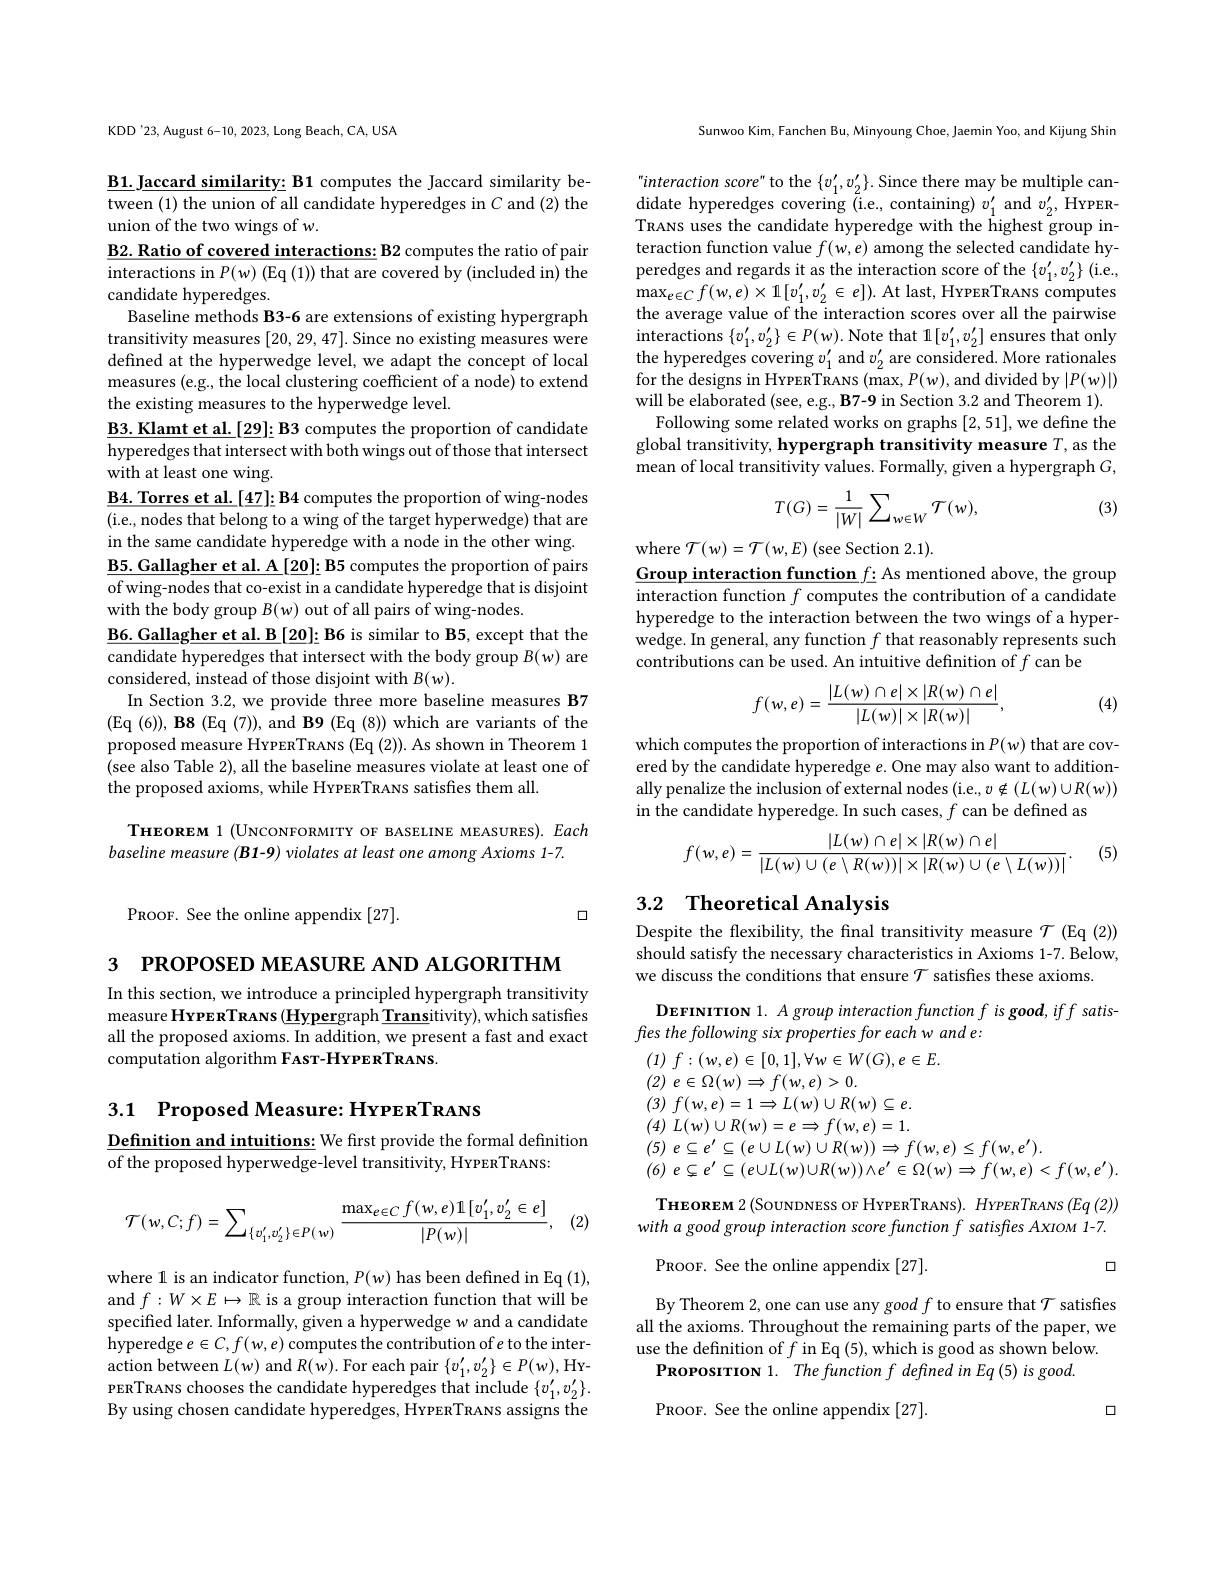
KDD'23, August 6-10, 2023, Long Beach, CA, USA

$\underline{\text{B1. Jaccard similarity: B1 computes the Jaccard similarity be-}}$ tween (1) the union of all candidate hyperedges in $C$ and (2) the union of the two wings of $w.$
$\underline{\textbf{B2. Ratio of covered interactions: B2 computes the ratio of pair}}$ interactions in $P(w)$ (Eq (1)) that are covered by (included in) the candidate hyperedges.
Baseline methods B3-6 are extensions of existing hypergraph transitivity measures [20,29,47]. Since no existing measures were defned at the hyperwedge level, we adapt the concept of local measures (e.g., the local clustering coefficient of a node) to extend the existing measures to the hyperwedge level.
$\underline{\text{B3. Klamt et al.[29]: B3 computes the proportion of candidate}}$ hyperedges that intersect with both wings out of those that intersect with at least one wing.
$\underline{\text{B4. Torres et al. [47]: B4 computes the proportion of wing-nodes}}$ (i.e., nodes that belong to a wing of the target hyperwedge) that are in the same candidate hyperedge with a node in the other wing. $\underline{\textbf{B5. Gallagher et al. A}[20]:\text{B5 computes the proportion of pairs}}$ of wing-nodes that co-exist in a candidate hyperedge that is disjoint with the body group $B(w)$ out of all pairs of wing-nodes.
$\underline{\text{B6. Gallagher et al. B}[20]:\text{B6 is similar to B5, except that the}}$ candidate hyperedges that intersect with the body group $B(w)$ are considered, instead of those disjoint with $B(w).$
In Section 3.2, we provide three more baseline measures B7 (Eq ( 6) ) , B8 ( Eq ( 7) ) , and B9 ( Eq ( 8) ) which are variants of the proposed measure HrpenTRANs (Eq (2)). As shown in Theorem 1 (see also Table 2), all the baseline measures violate at least one of the proposed axioms, while HrPERTRANS satisfies them all.
THEOREM 1 (UNCONFORMITY OF BASELINE MEASURES).Each

baseline measure (B1-9) violates at least one among Axioms 1-7.

PROOF. See the online appendix [27].

口

3 РROPOSED МЕАSURE АND ALGORITHM

In this section, we introduce a principled hypergraph transitivity measure HrpERTRANs (Hypergraph Transitivity), which satisfies all the proposed axioms. In addition, we present a fast and exact computation algorithm FAsT-HYPERTRANS

3.1 Proposed Measure: HYPERTRANS

$\underline{\text{Definition and intuitions: We frst provide the formal definition}}$
of the proposed hyperwedge-level transitivity, HYPERTRANS:

(2)
$$\mathcal{T}(w,C;f)=\sum_{\{v_1',v_2'\}\in P(w)}\frac{\max_{e\in C}f(w,e)\mathbb{1}[v_1',v_2'\in e]}{|P(w)|},$$
where 1 is an indicator function, $P(w)$ has been defined in Eq (1), and $f:W\times E\mapsto\mathbb{R}$ is a group interaction function that will be specified later. Informally, given a hyperwedge w and a candidate hyperedge $e\in C,f(w,e)$ computes the contribution of $e$ to the interaction between $L(w)$ and $R(w).$ For each pair $\{v_1^{\prime},v_2^{\prime}\}\in P(w)$,HrPERTRANS chooses the candidate hyperedges that include $\{v_1^{\prime},v_2^{\prime}\}.$ By using chosen candidate hyperedges, HYPERTRANS assigns the

Sunwoo Kim, Fanchen Bu, Minyoung Choe, Jaemin Yoo, and Kijung Shin

$interactionscore^{\prime\prime}$ to the $\{v_1^{\prime},v_2^{\prime}\}.$ Since there may be multiple can- $\operatorname*{didate}$hyperedges covering (i.e, containing) $v_1^{\prime}$ and $v_2^{\prime}$, HYPERTRANS uses the candidate hyperedge with the highest group interaction function value $f(w,e)$ among the selected candidate hyperedges and regards it as the interaction score of the $\{v_1^{\prime},v_2^{\prime}\}$ (i.e., $\max_{e\in C}f(w,e)\times1[v_{1}^{\prime},v_{2}^{\prime}\in e]).$At last, HrrenTRANs computes the average value of the interaction scores over all the pairwise $\operatorname*{interactions}\left\{v_{1}^{\prime},v_{2}^{\prime}\right\}\in P(w).$Note that $1[v_1^{\prime},v_2^{\prime}]$ ensures that only the hyperedges covering $v_1^{\prime}$ and $v_2^{\prime}$ are considered. More rationales for the designs in HrpenTRANS (max, $P(w)$,and divided by $|P(w)|)$ will be elaborated (see, e.g., B7-9 in Section 3.2 and Theorem 1).
Following some related works on graphs [2,51], we define the global transitivity, hypergraph transitivity measure $T$, as the mean of local transitivity values. Formally, given a hypergraph $G$,

(3)
$$T(G)=\frac{1}{|W|}\sum_{w\in W}\mathcal{T}(w),$$
where $\mathcal{T}(w)=\mathcal{T}(w,E)$ (see Section 2.1)
Group interaction function $f{:}$ As mentioned above, the group interaction function $f$ computes the contribution of a candidate hyperedge to the interaction between the two wings of a hyperwedge. In general, any function $f$ that reasonably represents such contributions can be used. An intuitive definition of $f$ can be
$$f(w,e)=\frac{|L(w)\cap e|\times|R(w)\cap e|}{|L(w)|\times|R(w)|},$$
(4)

which computes the proportion of interactions in $P(w)$ that are covered by the candidate hyperedge $e.$ One may also want to additionally penalize the inclusion of external nodes (i.e., v ¢ (L(w)UR(w)) in the candidate hyperedge. In such cases, $f$ can be defined as
(5)
$$f(w,e)=\frac{|L(w)\cap e|\times|R(w)\cap e|}{|L(w)\cup(e\setminus R(w))|\times|R(w)\cup(e\setminus L(w))|}.$$
## 3.2 Theoretical Analysis

Despite the flexibility, the final transitivity measure $\mathcal{T}$ (Eq (2)) should satisfy the necessary characteristics in Axioms 1-7. Below, we discuss the conditions that ensure $\mathcal{T}$ satisfies these axioms.

DEFINITION 1. A group interaction function f is good, iff satis-
fres the following six properties for each w and e:
(1) $f: ( w, e) \in [ 0, 1] , \forall w\in W( G) , e\in E.$
(2) $e\in \Omega ( w) \Rightarrow f( w, e) > 0.$
(3) $f( w, e) = 1\Rightarrow L( w) \cup R( w) \subseteq e.$ (4) $L( w) \cup R( w) = e\Rightarrow f( w, e) = 1.$ (5) $e\subseteq e^{\prime }\subseteq ( e\cup L( w) \cup R( w) ) \Rightarrow f( w, e) \leq f( w, e^{\prime }) .$
(6) $e\subsetneq e^{\prime }\subseteq ( e\cup L( w) \cup R( w) ) \wedge e^{\prime }\in \Omega ( w) \Rightarrow f( w, e) < f( w, e^{\prime }) .$ THEOREM 2 (SouNDNESS OF HYPERTRANS). $HYPERTRANS\left(Eq\left(2\right)\right)$ with a good group interaction score function f satisfies AxIOM 1-7.

口

PROOF. See the online appendix [27].

By Theorem 2, one can use any good $f$ to ensure that $\mathcal{T}$ satisfies all the axioms. Throughout the remaining parts of the paper, we use the definition of $f$ in Eq (5), which is good as shown below.
PROPOSITION 1. The function $f$ defined in Eq(5) is good.

口

PROOF. See the online appendix [27].